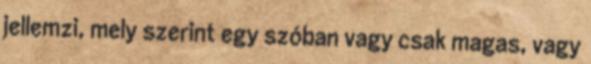
jellemzi, mely szerint egy szóban vagy csak magas, vagy